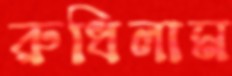
রুধিলাম